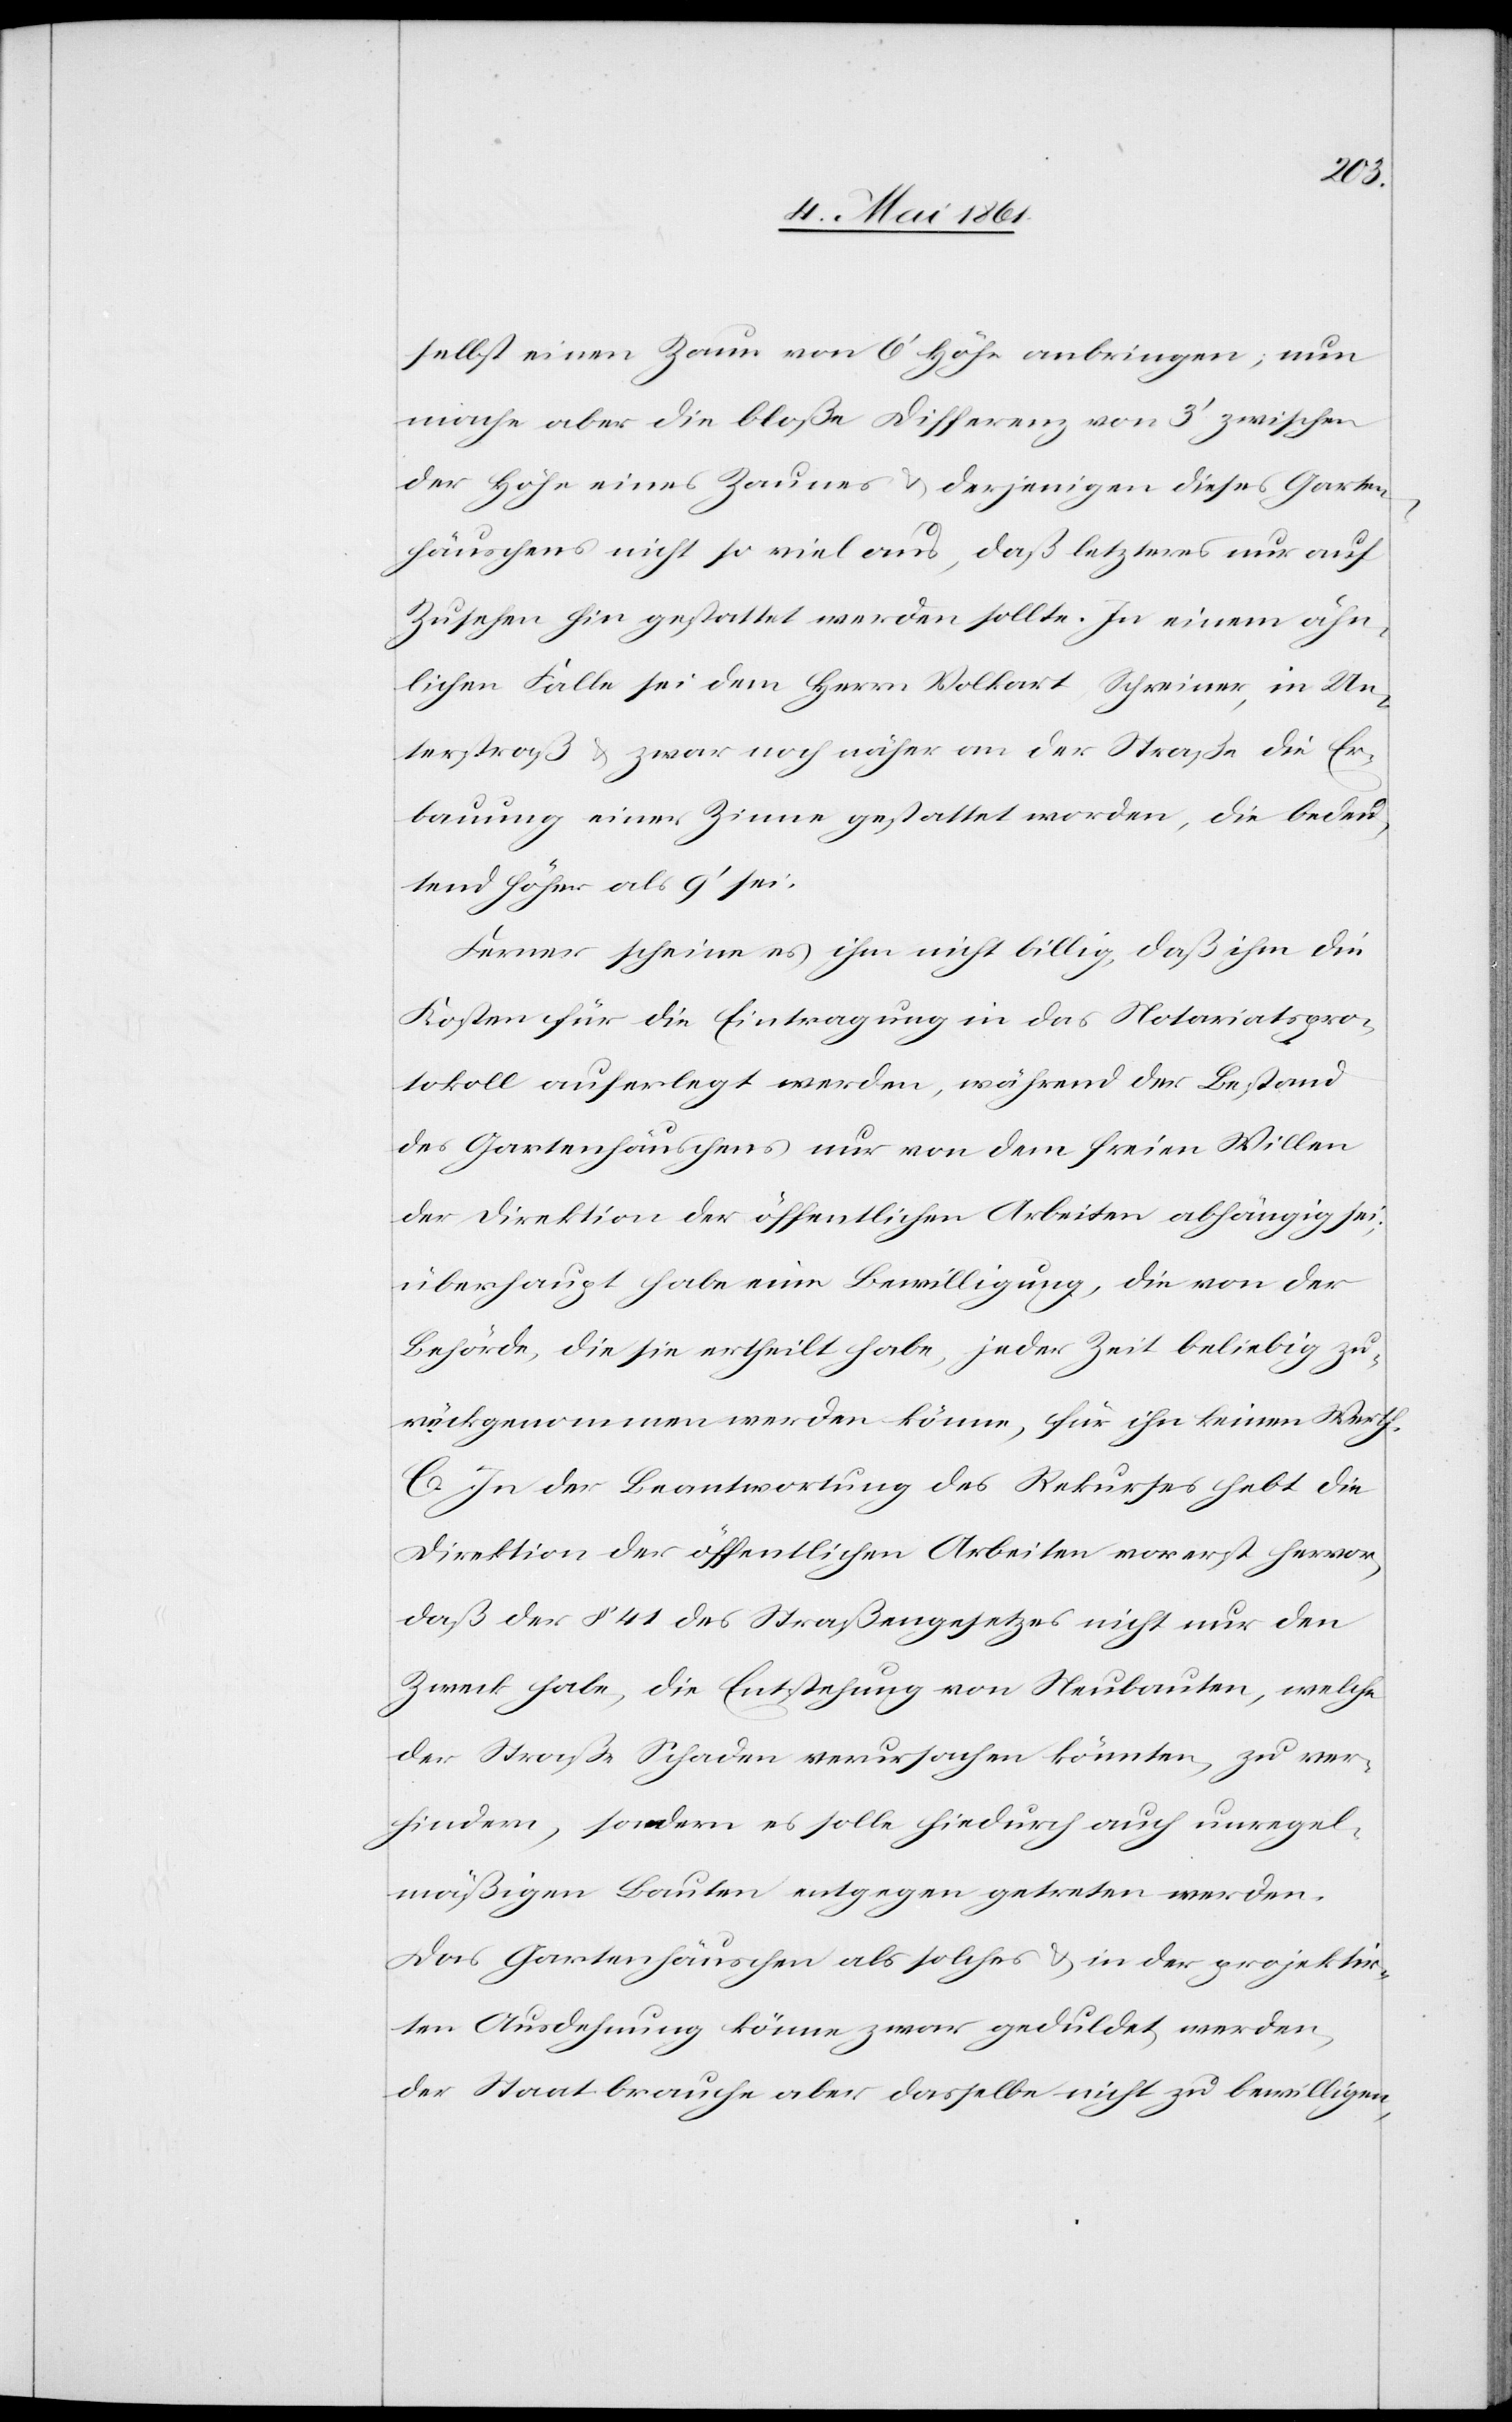
selbst einen Zaun von 6’ Höhe anbringen; nun
mache aber die bloße Differenz von 3’ zwischen
der Höhe eines Zaunes u. derjenigen dieses Garten¬
häuschens nicht so viel aus, daß letzteres nur auf
Zusehen hin gestattet werden sollte. In einem ähn¬
lichen Falle sei dem Herrn Volkart Schreiner, in Un¬
terstraß u. zwar noch näher an der Straße die Er¬
bauung einer Zinne gestattet worden, die bedeu¬
tend höher als 9’ sei.
Ferner scheine es ihm nicht billig, daß ihm die
Kosten für die Eintragung in das Notariatspro¬
tokoll auferlegt werden, während der Bestand
des Gartenhäuschens nur von dem freien Willen
die Direktion der öffentlichen Arbeiten abhängig sei;
überhaupt habe eine Bewilligung, die von der
Behörde, die sie ertheilt habe, jeder Zeit beliebig zu¬
rückgenommen werden könne, für ihn keinen Werth.
C. In der Beantwortung des Rekurses hebt die
Direktion der öffentlichen Arbeiten vorerst hervor,
daß der § 41 des Straßengesetzes nicht nur den
Zweck habe, die Entstehung von Neubauten, welche
der Straße Schaden verursachen könnten, zu ver¬
hindern, sondern es solle hiedurch auch unregel¬
mäßigen Bauten entgegen getreten werden.
Das Gartenhäuschen als solches u. in der projektir¬
ten Ausdehnung könne zwar geduldet werden,
der Staat brauche aber dasselbe nicht zu bewilligen,